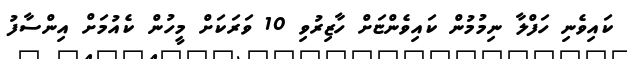
ކައިވެނި ހަފްލާ ނިމުމުން ކައިވެންޏަށް ހާޒިރުވި 10 ވަރަކަށް މީހުން ކެއުމަށް އިންސާފު